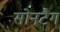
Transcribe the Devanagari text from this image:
सोनटैग